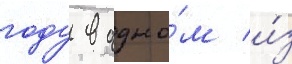
году в одно́м и́з